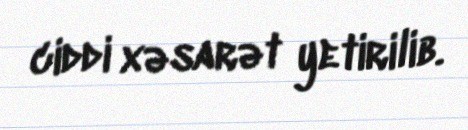
ciddi xəsarət yetirilib.